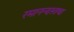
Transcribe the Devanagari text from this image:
रमानन्दस्तथा